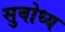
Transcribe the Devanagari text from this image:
सुबोध्य